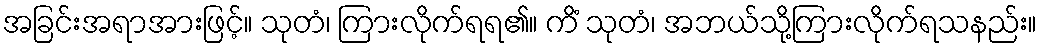
အခြင်းအရာအားဖြင့်။ သုတံ၊ ကြားလိုက်ရရ၏။ ကိံ သုတံ၊ အဘယ်သို့ကြားလိုက်ရသနည်း။